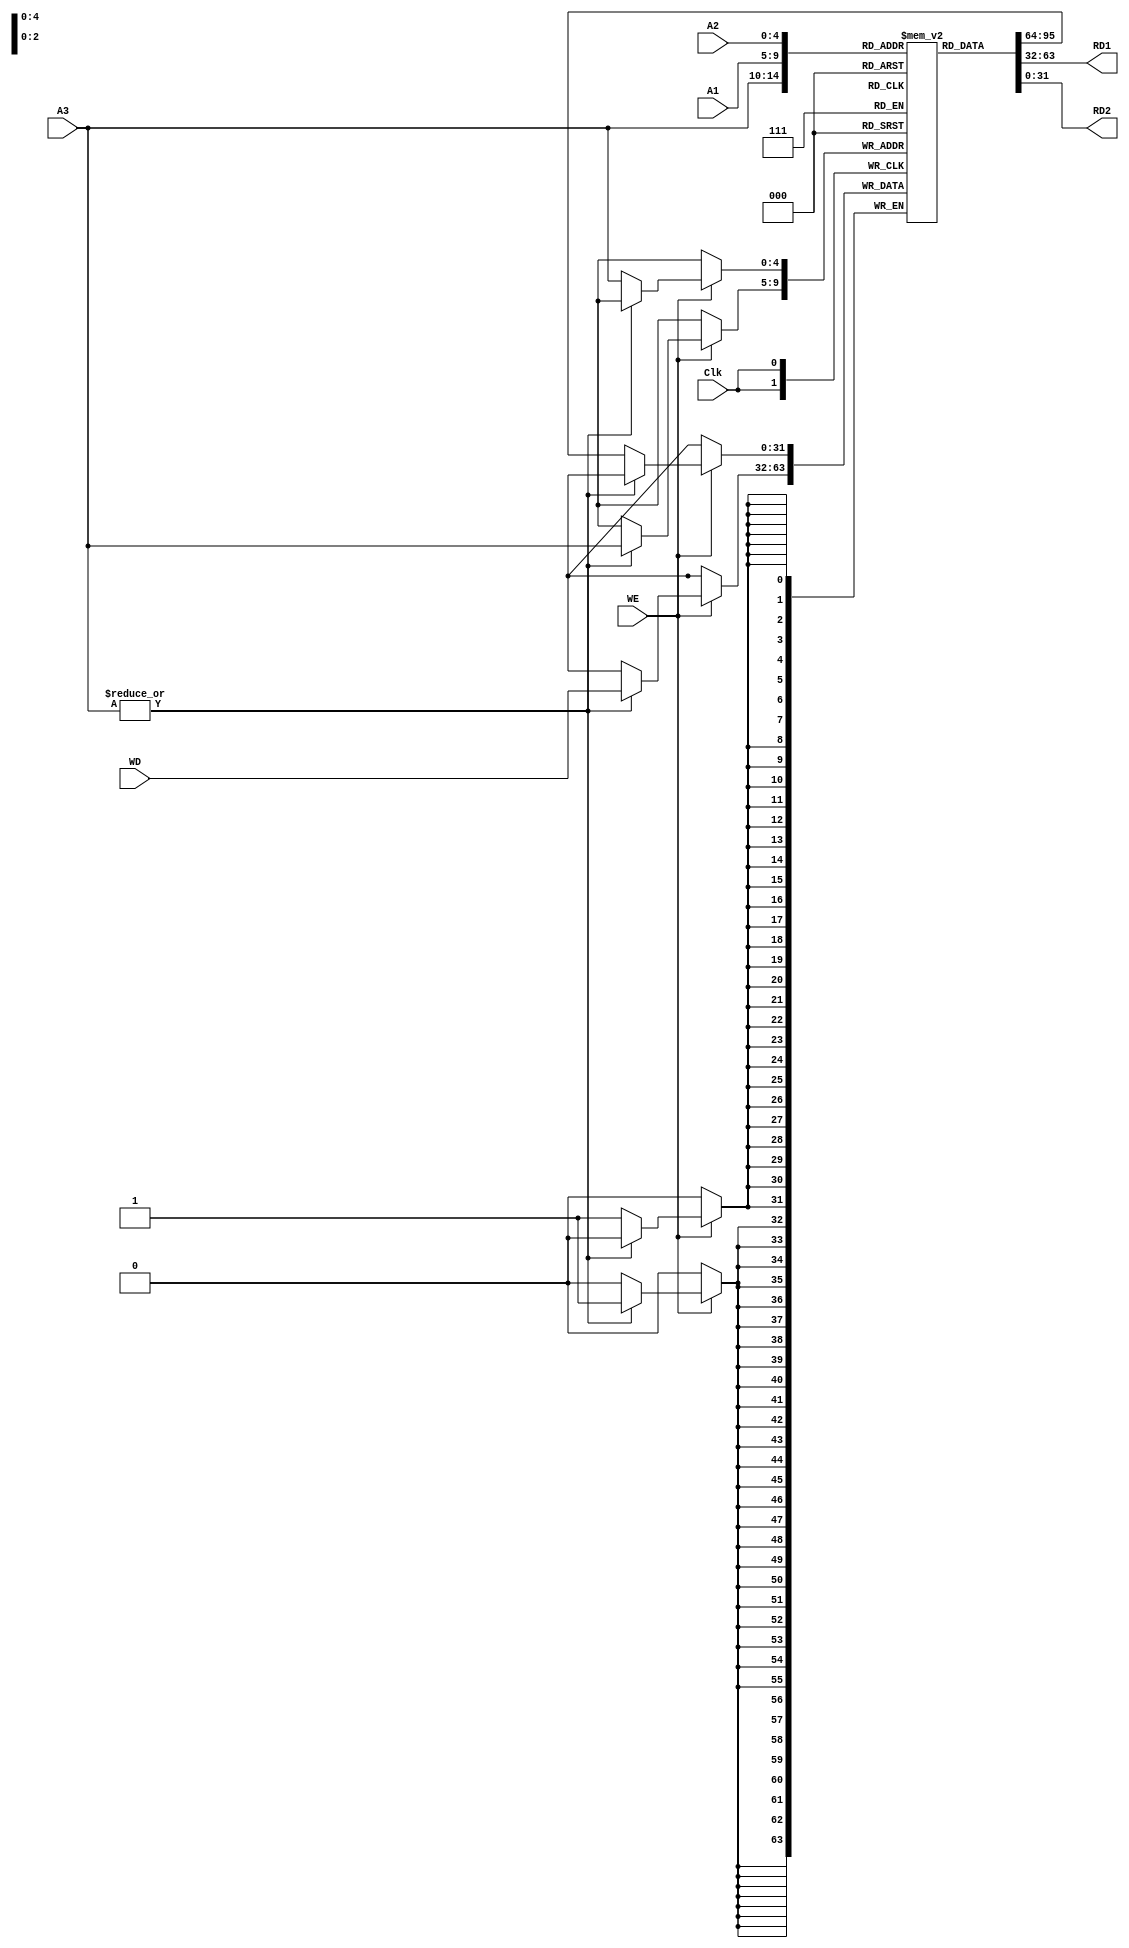

module RegisterFile(A1, A2, A3, WD, WE, Clk, RD1, RD2);

	
input [4:0] A1,A2,A3;
input [31:0] WD;
input WE,Clk;
	
output reg [31:0] RD1,RD2;
	
	
reg [31:0] Registers [31:0];
	
initial begin : RRESET
	integer i;
	for (i=0; i<32; i=i+1) begin
		Registers[i] <= 32'h00000000;
	end
end
	
always @(negedge Clk) begin
	if (WE) begin
		if (~|A3) Registers[A3] <= Registers[A3];
		else Registers[A3] <= WD;
	end
end
	
always @(*) begin 
	RD1 = Registers[A1];
	RD2 = Registers[A2];
end

endmodule